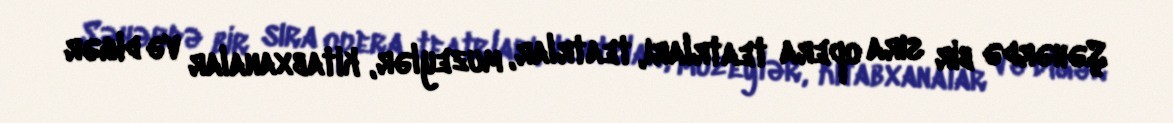
Şəhərdə bir sıra opera teatrları, teatrlar, muzeylər, kitabxanalar və digər